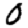
Digit: 0